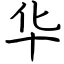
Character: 华